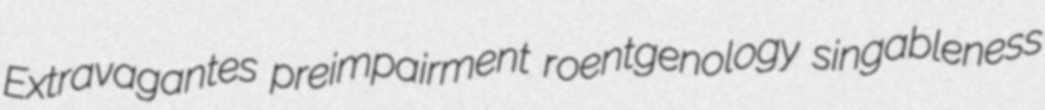
Extravagantes preimpairment roentgenology singableness